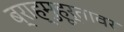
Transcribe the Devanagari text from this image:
ब्राह्मुहूर्तावर